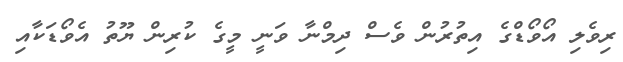
ރިވެލި އޯވޯޑްގެ އިތުރުން ވެސް ދިމްނާ ވަނީ މީގެ ކުރިން ޔޫތު އެވޯޑަކާއި